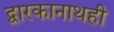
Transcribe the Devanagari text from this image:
द्वारकानाथही